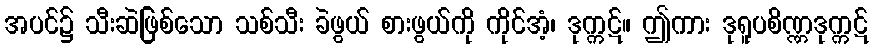
အပင်၌ သီးဆဲဖြစ်သော သစ်သီး ခဲဖွယ် စားဖွယ်ကို ကိုင်အံ့၊ ဒုက္ကဋ်။ ဤကား ဒုရူပစိဏ္ဏဒုက္ကဋ်